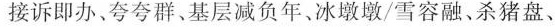
接诉即办、夸夸群、基层减负年、冰墩墩/雪容融、杀猪盘、